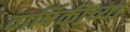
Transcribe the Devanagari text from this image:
वार्षिकीच्या